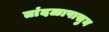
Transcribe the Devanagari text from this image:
तांदळापासुन